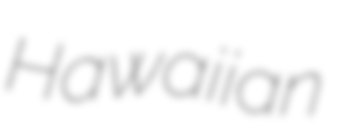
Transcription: Hawaiian